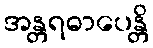
အန္တရဓာပေန္တိ